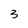
Character: 3